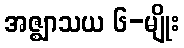
အဇ္ဈာသယ ၆-မျိုး